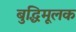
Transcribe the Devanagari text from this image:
बुद्धिमूलक